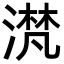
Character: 滼